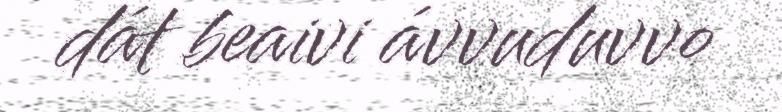
dát beaivi ávvuduvvo